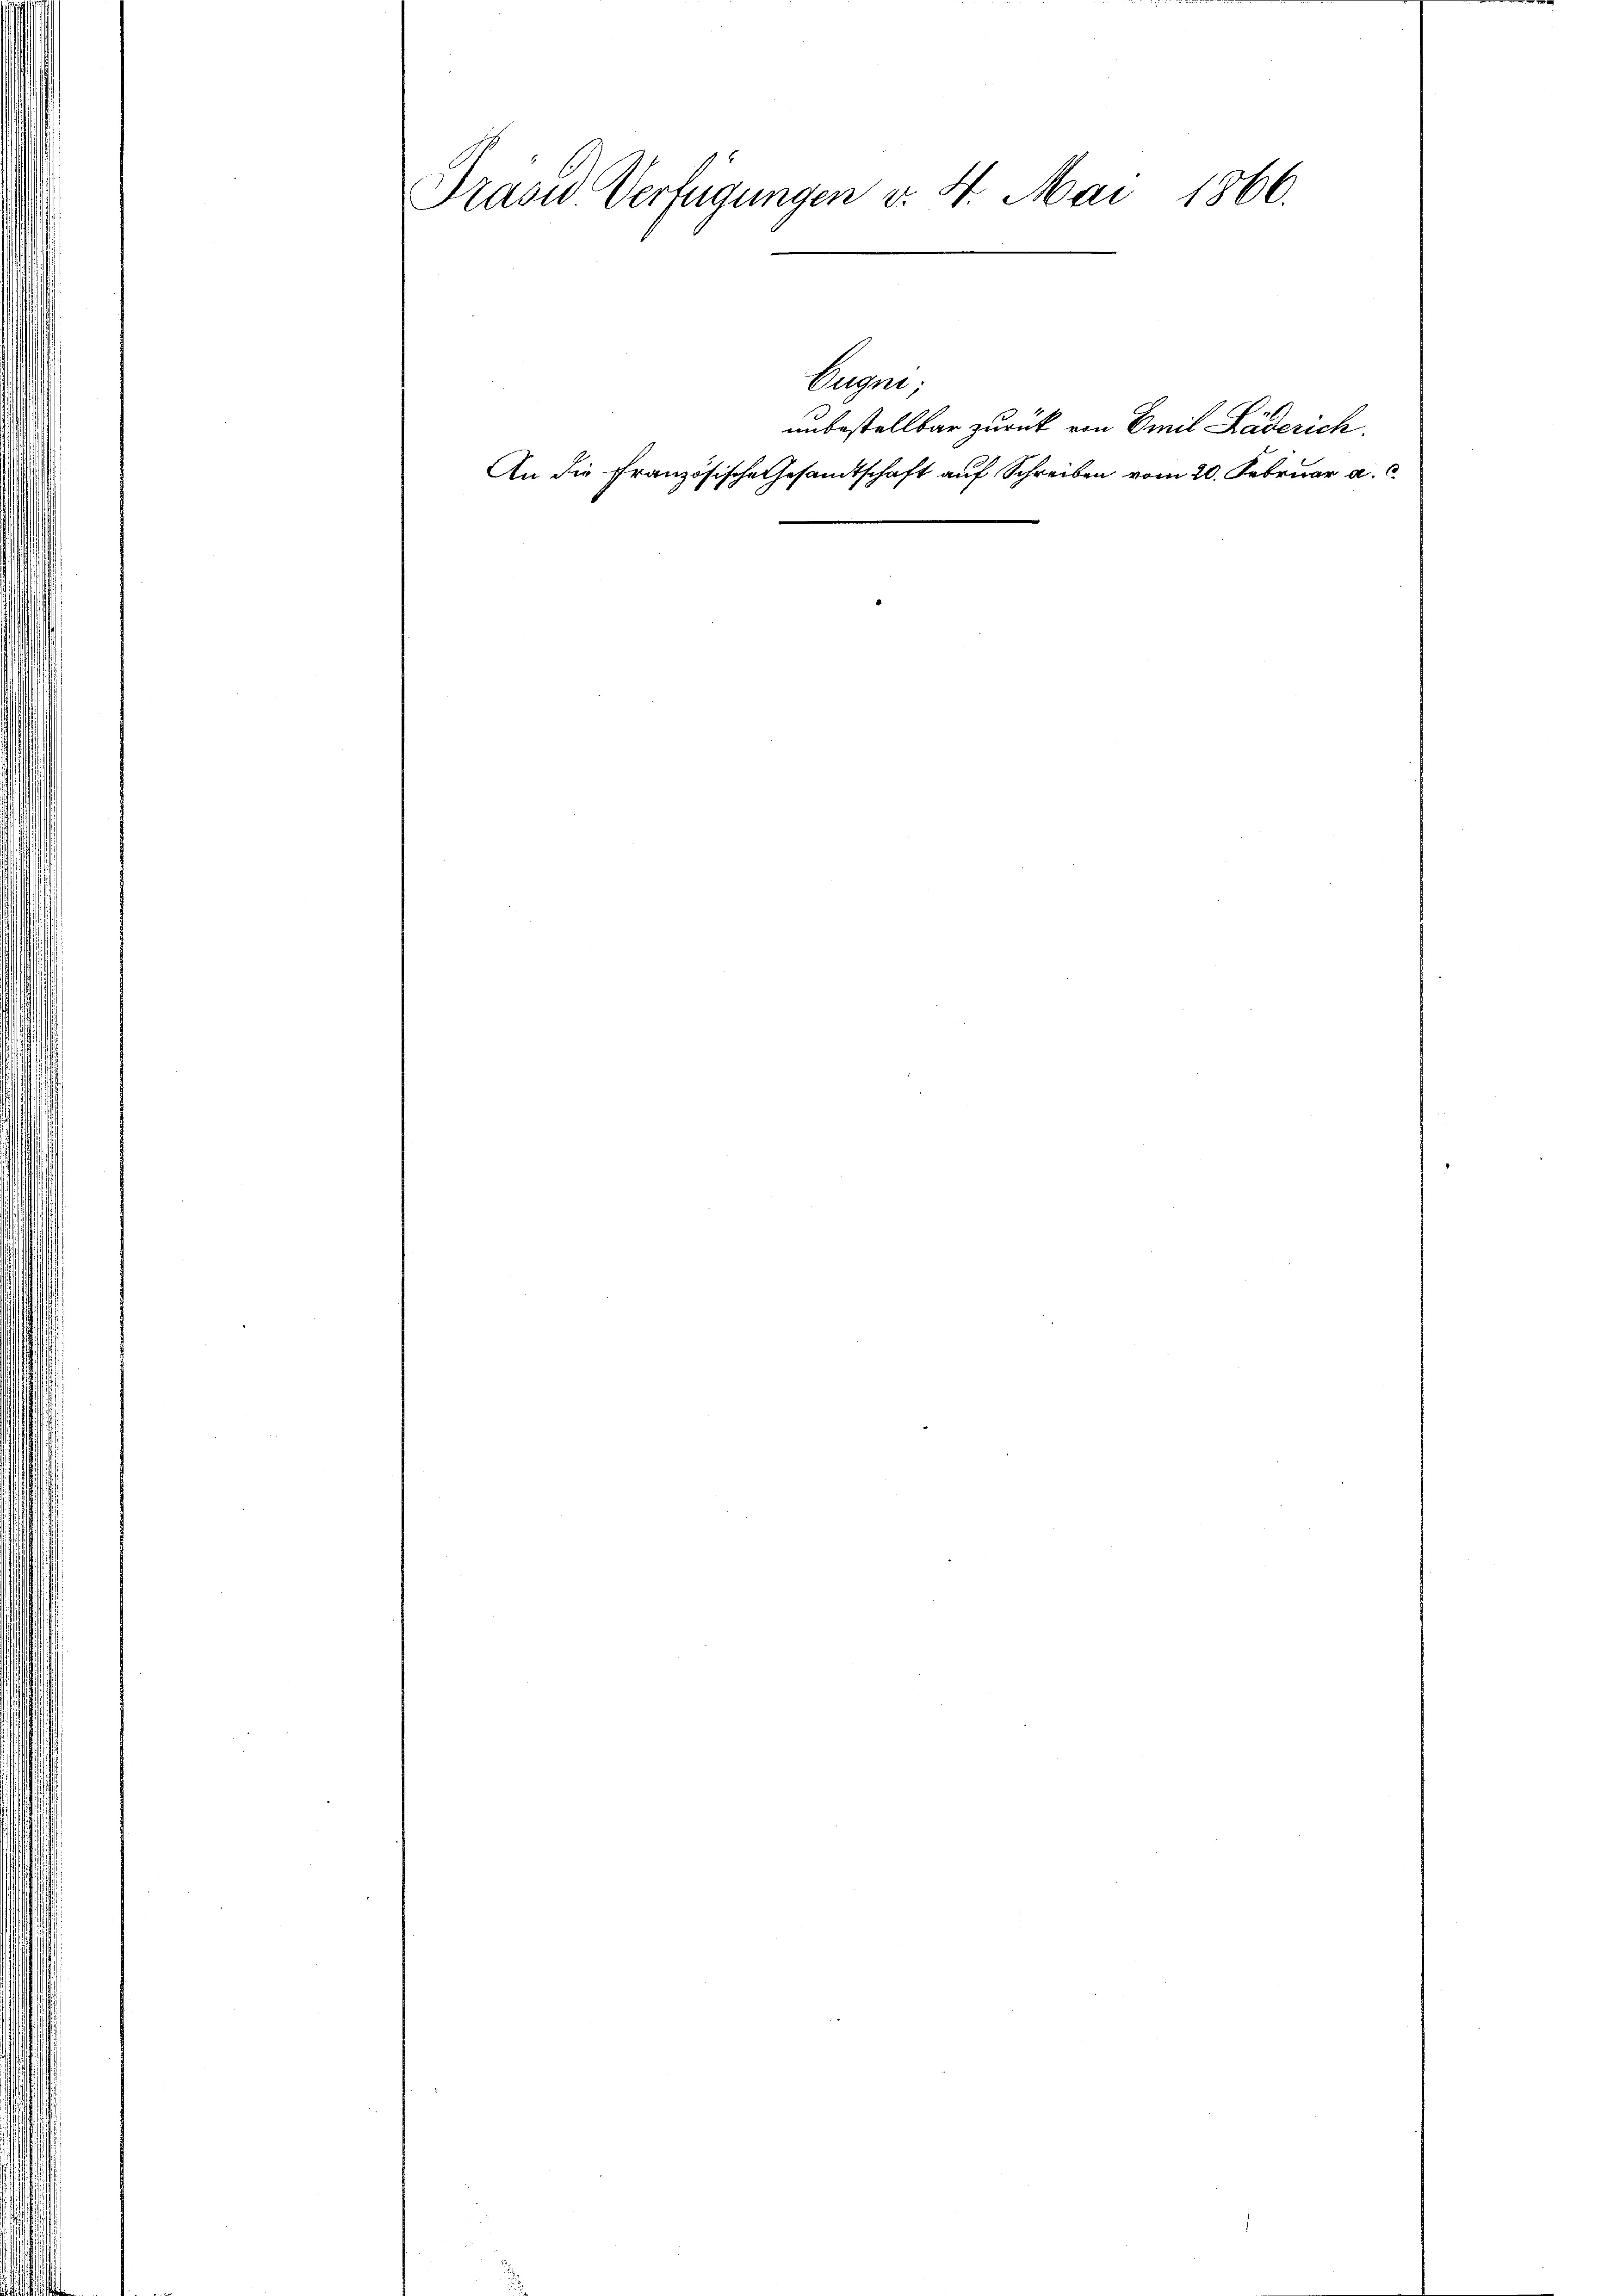
Präses Verfügungen v. 4. Mai 1866.

An die Französische Gesandtschaft auf Schreiben vom 20. Februar a. c.

Ereigne,

unbestellbar zurück von Emil Läderich.